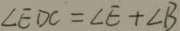
\angle E D C = \angle E + \angle B